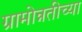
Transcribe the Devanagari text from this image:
ग्रामोन्नतीच्या